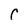
Character: C